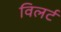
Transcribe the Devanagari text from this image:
विलर्ट